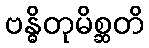
ဗန္ဓိတုမိစ္ဆတိ